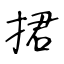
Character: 捃